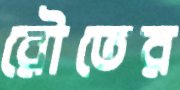
রৌতের